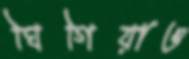
ঘিগিয়াও